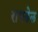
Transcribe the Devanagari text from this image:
राचडेल